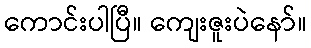
ကောင်းပါပြီ။ ကျေးဇူးပဲနော်။